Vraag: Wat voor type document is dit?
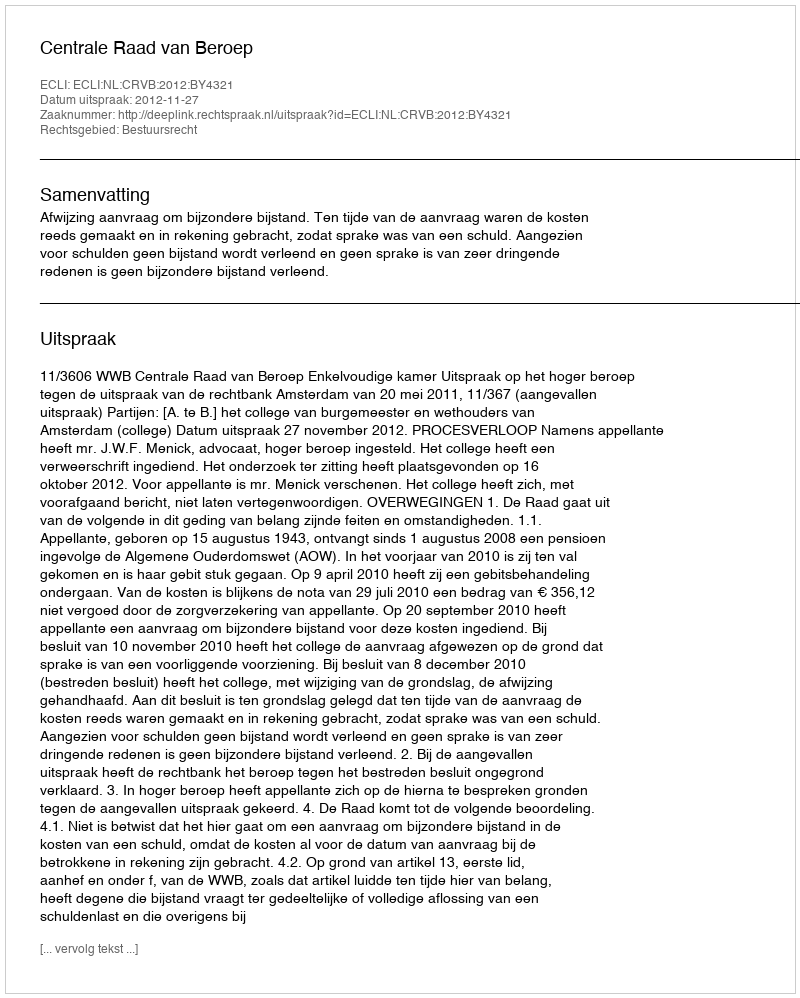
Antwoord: Uitspraak